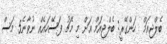
ބެލްޖިިއަމް  ހަންގޭރީ: ބެލްޖިއަމް އަށް މި މެޗު ފަސޭހައެއް ނުވާނެ5 މަސް